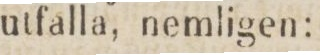
utfalla, nemligen: